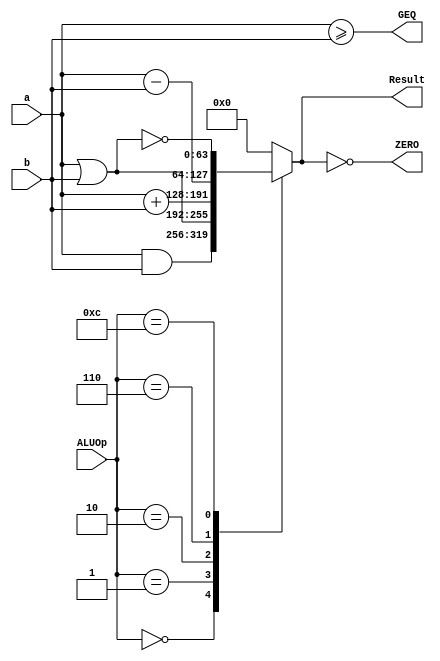
module ALU_64_bit
(
	input [63:0] a, 
	input [63:0] b, 
	input [3:0] ALUOp,
	output reg [63:0] Result,
	output ZERO, 
	output GEQ 
	
);
localparam [3:0]
AND = 4'b0000,
OR	= 4'b0001,
ADD	= 4'b0010,
Sub	= 4'b0110,
NOR = 4'b1100;

assign ZERO = (Result == 0); 
assign GEQ = ( a >= b );   

always @ (*)
begin
	case (ALUOp)
		AND: 
		begin
			Result <= a & b; 
		end
		OR:	 
		begin
			Result <= a | b; 
		end
		ADD: 
		begin 
			Result <= a + b; 
		end 
		Sub: 
		begin
			Result <= a - b; 
		end
		NOR: 
		begin
			Result <= ~(a | b); 
		end 
		
		default: Result <= 0;
	endcase
end
endmodule